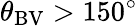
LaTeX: \theta_{\mathrm{BV}}>150^{\circ}